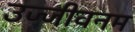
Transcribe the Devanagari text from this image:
उज्जीवनम